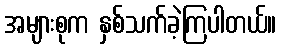
အများစုက နှစ်သက်ခဲ့ကြပါတယ်။